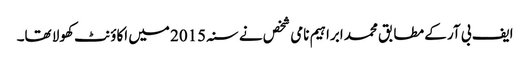
ایف بی آر کے مطابق محمد ابراہیم نامی شخص نے سنہ 2015 میں اکاؤنٹ کھولا تھا۔